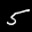
Label: 5